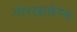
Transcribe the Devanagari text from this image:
गोरखालैण्ड